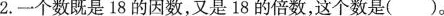
2.一个数既是18的因数，又是18的倍数，这个数是()。